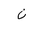
Letter: _non